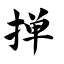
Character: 掸